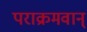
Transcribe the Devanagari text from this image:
पराक्रमवान्